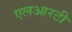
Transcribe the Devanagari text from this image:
एलआरटी